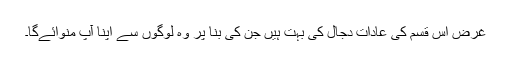
غرض اس قسم کی عادات دجال کی بہت ہیں جن کی بنا پر وہ لوگوں سے اپنا آپ منوائےگا۔